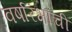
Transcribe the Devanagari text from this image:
वर्षारंभाची